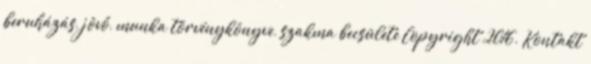
beruházás, jövő, munka törvénykönyve, szakma becsülete Copyright 2016. Kontakt